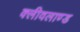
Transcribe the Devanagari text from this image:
क्लीवलाण्ड